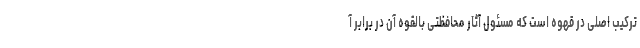
ترکیب اصلی در قهوه است که مسئول آثار محافظتی بالقوه آن در برابر آ